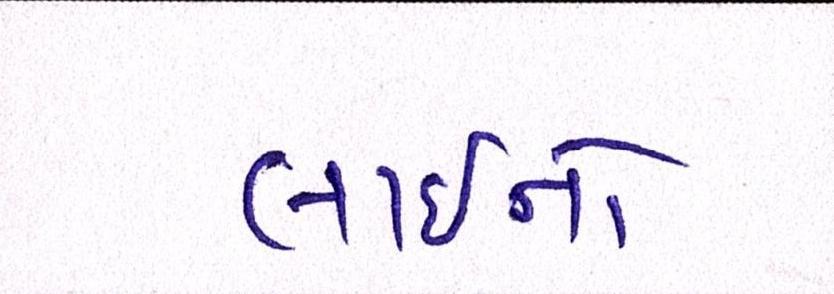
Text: લાઇનો